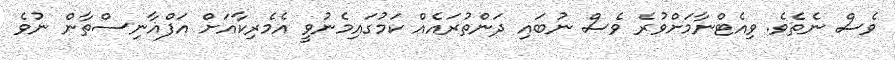
ވެސް ނެތެވެ. ވިއެޓްނާމަށްވުރެ ވެސް ނުބައި ދަންތުރައެއް ކަމުގައިމެނުވީ އެމެރިކާއަށް އަފްޣާނިސްތާން ނުވެ